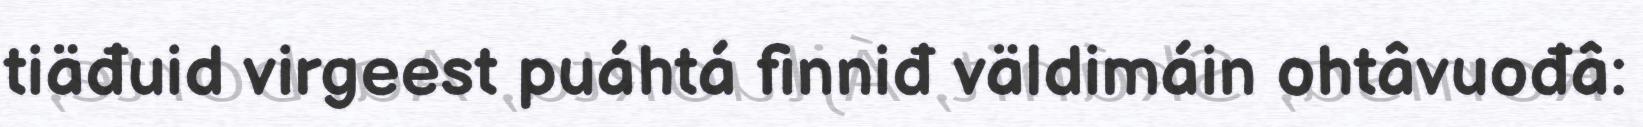
tiäđuid virgeest puáhtá finniđ väldimáin ohtâvuođâ: